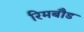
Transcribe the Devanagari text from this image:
रिमबौड